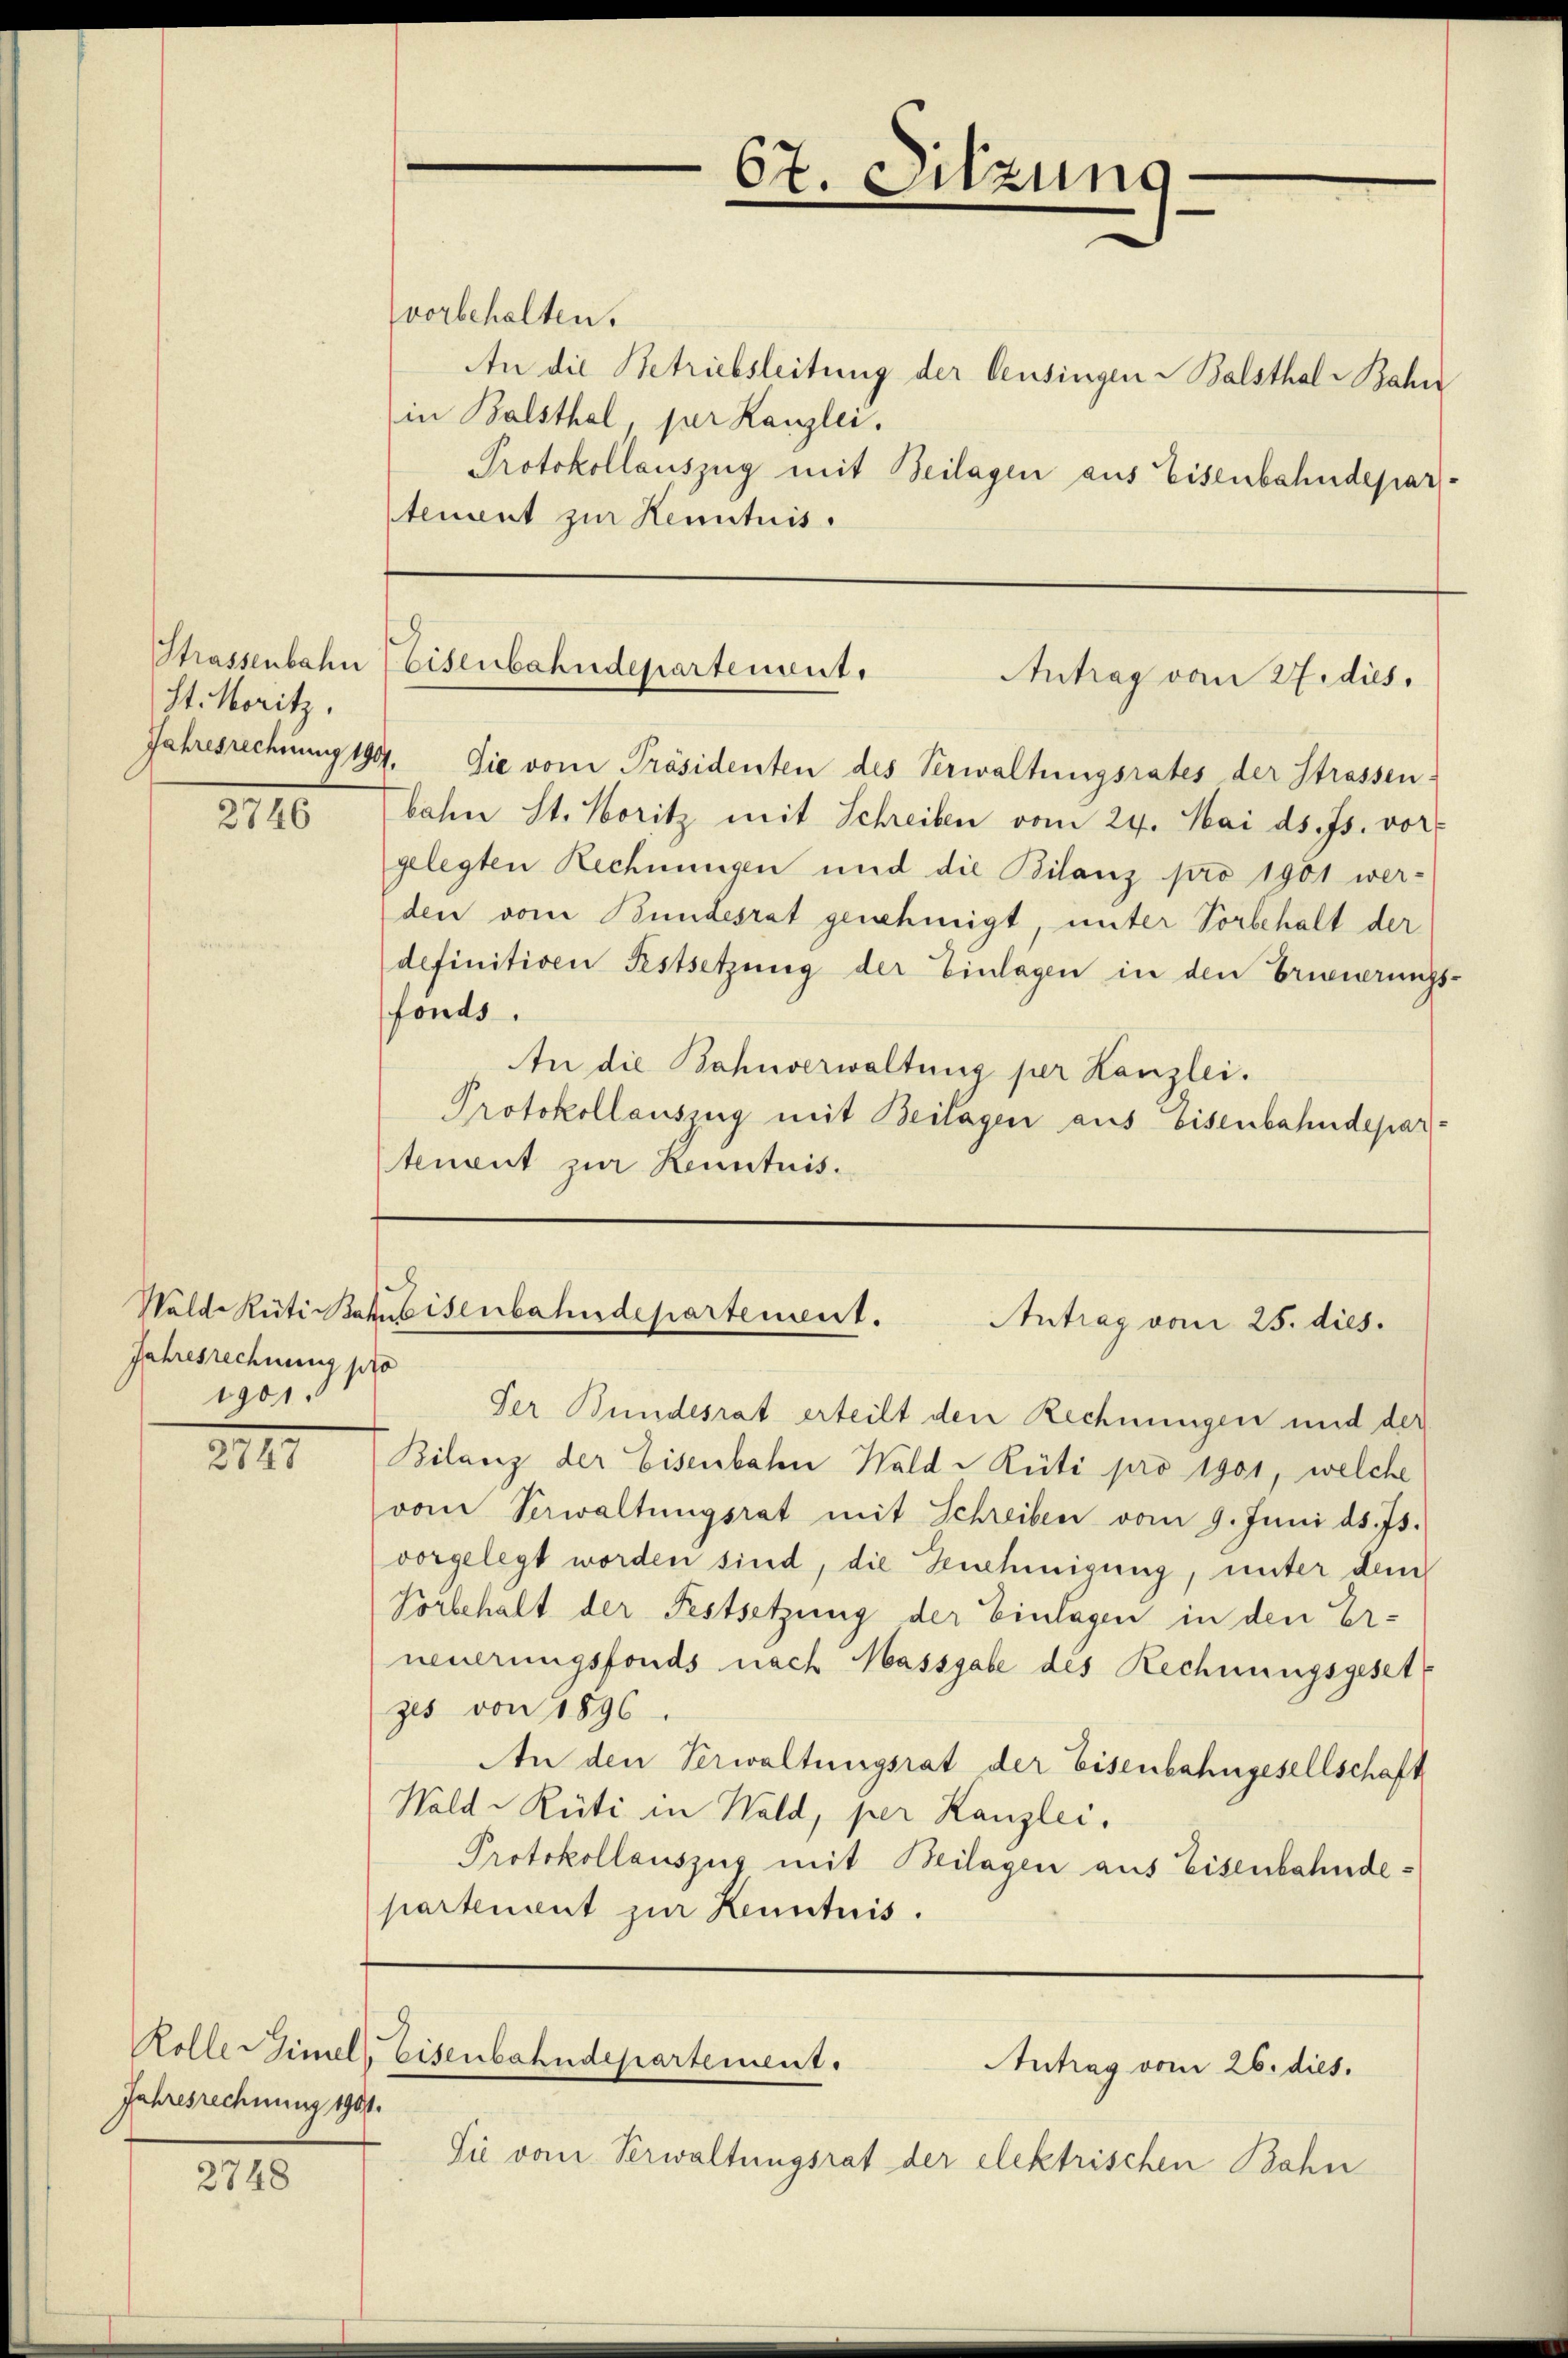
Strassenbahn
St. Moritz,

2115

XIII.

Jahresrechnung 1901.

2748

vorbehalten.
An die Betriebsleitung der Censingen Balsthal Bahn
in Balsthal, per Kanzlei.
Protokollauszug mit Beilagen aus Eisenbahndeparstement zur Kenntnis.

Jahresrechnung pro
1901.

67. Sitzung

Jahresrechnung 199. Sie vom Präsidenten des Verwaltungsrates der Strassen-
bahn St. Moritz mit Schreiben vom 24. Mai d. Js. vor-
gelegten Rechnungen und die Bilanz pro 1901 wer-
den vom Bundesrat genehmigt, unter Vorbehalt der
definitiven Festsetzung der Einlagen in den Erneuerungs-
fonds.
An die Bahnverwaltung per Kanzlei.
Protokollauszug mit Beilagen aus Eisenbahndepartenent zur Kenntnis.

Der Bundesrat erteilt den Rechnungen und der
Bilanz der Eisenbahn Wald Rüti pro 1901, welche
vom Verwaltungsrat mit Schreiben vom 9. Juni d. Js.
vorgelegt worden sind, die Genehmigung, unter dem
Vorbehalt der Festsetzung der Einlagen in den Er-
neuerungsfonds nach Massgabe des Rechnungsgeset
zes von 1896
An den Verwaltungsrat der Eisenbahngesellschaft
Wald–Rüti in Wald, per Kanzlei,
Protokollauszug mit Beilagen aus Eisenbahndepartement zur Kenntnis.

Sie vom Verwaltungsrat der elektrischen Bahn

Eisenbahndepartement.
Antrag vom 27. dies

.
Walde Rüti Bakubisenbahndepartement.
Antrag vom 25. dies.

Rolle Simel, Eisenbahndepartement.
Antrag vom 26. dies.